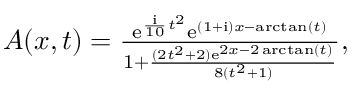
\begin{array} { r } { A ( x , t ) = \frac { \mathrm { e } ^ { \frac { \mathrm { { i } } } { 1 0 } t ^ { 2 } } \mathrm { e } ^ { ( 1 + \mathrm { { i } } ) x - \arctan ( t ) } } { 1 + \frac { ( 2 t ^ { 2 } + 2 ) \mathrm { e } ^ { 2 x - 2 \arctan ( t ) } } { 8 ( t ^ { 2 } + 1 ) } } , } \end{array}